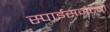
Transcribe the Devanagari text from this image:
स्पाईसजेटचा